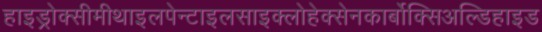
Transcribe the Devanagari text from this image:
हाइड्रोक्सीमीथाइलपेन्टाइलसाइक्लोहेक्सेनकार्बोक्सिअल्डिहाइड